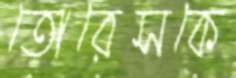
তোরেসকে